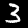
Digit: 3